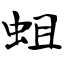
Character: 蛆